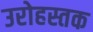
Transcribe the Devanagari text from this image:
उरोहस्तक